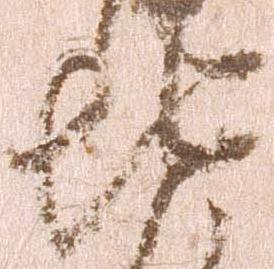
地